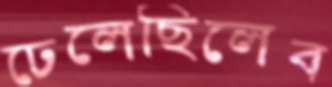
ঢেলেছিলেব